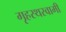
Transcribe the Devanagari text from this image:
गृहस्थस्वामी